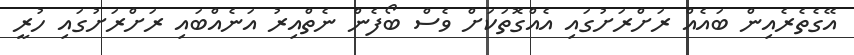
އޭގެތެރެއިން ބައެއް ރަށްރަށުގައި އެއްގޮތަކަށް ވެސް ބޯފެން ނެތްއިރު އަނެއްބައި ރަށްރަށުގައި ހުރީ